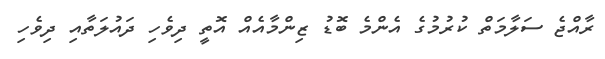
ރާއްޖެ ސަލާމަތް ކުރުމުގެ އެންމެ ބޮޑު ޒިންމާއެއް އޮތީ ދިވެހި ދައުލަތާއި ދިވެހި